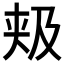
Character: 𱘴